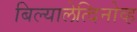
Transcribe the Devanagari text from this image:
बिल्यालेत्दिनोव्ह